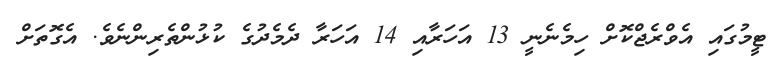
ޓީމުގައި އެވްރެޖްކޮށް ހިމެނެނީ 13 އަހަރާއި 14 އަހަރާ ދެމެދުގެ ކުޅުންތެރިންނެވެ. އެގޮތަށް